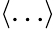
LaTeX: \left<\dots\right>